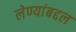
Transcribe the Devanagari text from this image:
लेण्यांबद्दल